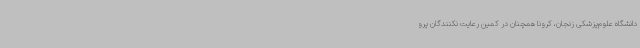
دانشگاه علوم‌پزشکی زنجان، کرونا همچنان در کمین رعایت نکنندگان پرو